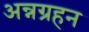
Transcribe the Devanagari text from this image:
अन्नग्रहन